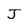
Character: J